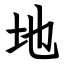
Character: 地